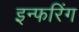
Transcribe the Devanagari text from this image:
इन्फरिंग